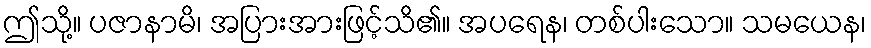
ဤသို့။ ပဇာနာမိ၊ အပြားအားဖြင့်သိ၏။ အပရေန၊ တစ်ပါးသော။ သမယေန၊